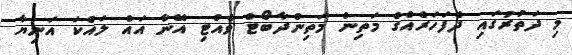
މި ދަތުރުގައި ދެފަހަރެއްގެ މަތިން މަތިންދާބޯޓް ވެއްޓި އޭނާ އައް ލައްކަ އަނިޔާ